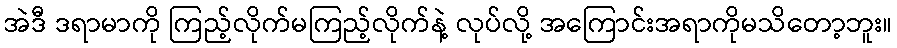
အဲဒီ ဒရာမာကို ကြည့်လိုက်မကြည့်လိုက်နဲ့ လုပ်လို့ အကြောင်းအရာကိုမသိတော့ဘူး။